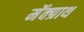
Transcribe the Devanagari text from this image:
मॅक्ग्राथ